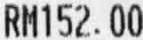
RM152.00